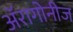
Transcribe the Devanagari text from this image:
अॅरागोनीज